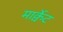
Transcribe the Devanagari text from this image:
मार्क्वेट